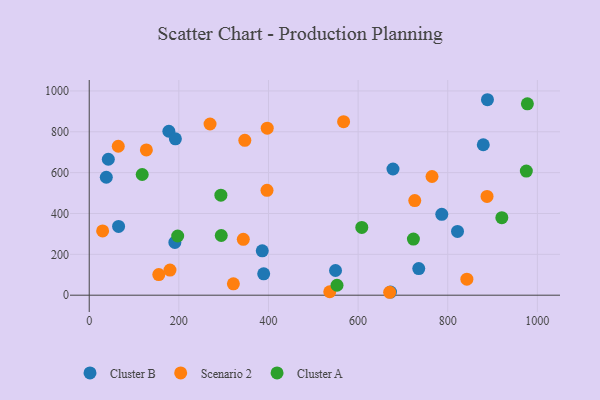
{"axis": {"x": "Investment", "y": "Yield"}, "legend": ["Cluster A", "Cluster B", "Scenario 2"], "data": [{"x": "386.1", "y": 217.3, "type": "Cluster B"}, {"x": "389.3", "y": 104.6, "type": "Cluster B"}, {"x": "177.7", "y": 802.7, "type": "Cluster B"}, {"x": "821.8", "y": 312.4, "type": "Cluster B"}, {"x": "42.6", "y": 665.5, "type": "Cluster B"}, {"x": "786.7", "y": 395.7, "type": "Cluster B"}, {"x": "549.6", "y": 120.8, "type": "Cluster B"}, {"x": "672.3", "y": 15.3, "type": "Cluster B"}, {"x": "191.1", "y": 258.3, "type": "Cluster B"}, {"x": "888.6", "y": 957.0, "type": "Cluster B"}, {"x": "65.5", "y": 336.6, "type": "Cluster B"}, {"x": "735.3", "y": 130.4, "type": "Cluster B"}, {"x": "677.8", "y": 617.8, "type": "Cluster B"}, {"x": "192.3", "y": 765.5, "type": "Cluster B"}, {"x": "38.1", "y": 577.5, "type": "Cluster B"}, {"x": "879.3", "y": 736.6, "type": "Cluster B"}, {"x": "155.2", "y": 100.9, "type": "Scenario 2"}, {"x": "29.9", "y": 314.7, "type": "Scenario 2"}, {"x": "397.2", "y": 817.5, "type": "Scenario 2"}, {"x": "670.4", "y": 14.3, "type": "Scenario 2"}, {"x": "347.2", "y": 758.2, "type": "Scenario 2"}, {"x": "64.8", "y": 729.3, "type": "Scenario 2"}, {"x": "343.8", "y": 273.6, "type": "Scenario 2"}, {"x": "269.6", "y": 838.2, "type": "Scenario 2"}, {"x": "567.6", "y": 849.5, "type": "Scenario 2"}, {"x": "180.2", "y": 123.0, "type": "Scenario 2"}, {"x": "127.5", "y": 711.4, "type": "Scenario 2"}, {"x": "764.9", "y": 581.1, "type": "Scenario 2"}, {"x": "726.4", "y": 463.1, "type": "Scenario 2"}, {"x": "887.7", "y": 483.7, "type": "Scenario 2"}, {"x": "396.7", "y": 513.3, "type": "Scenario 2"}, {"x": "536.7", "y": 16.9, "type": "Scenario 2"}, {"x": "842.7", "y": 78.6, "type": "Scenario 2"}, {"x": "321.7", "y": 55.6, "type": "Scenario 2"}, {"x": "552.9", "y": 48.7, "type": "Cluster A"}, {"x": "608.2", "y": 331.9, "type": "Cluster A"}, {"x": "118.2", "y": 590.8, "type": "Cluster A"}, {"x": "197.4", "y": 289.8, "type": "Cluster A"}, {"x": "294.6", "y": 292.3, "type": "Cluster A"}, {"x": "920.7", "y": 379.7, "type": "Cluster A"}, {"x": "293.8", "y": 489.9, "type": "Cluster A"}, {"x": "977.7", "y": 936.8, "type": "Cluster A"}, {"x": "723.4", "y": 275.0, "type": "Cluster A"}, {"x": "975.4", "y": 607.6, "type": "Cluster A"}]}